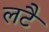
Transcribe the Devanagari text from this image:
लटै